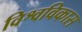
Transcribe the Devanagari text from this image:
विश्वविकास